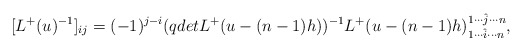
\begin{align*}[L^{+}(u)^{-1}]_{ij}=(-1)^{j-i}(qdetL^{+}(u-(n-1)h))^{-1}L^{+}(u-(n-1)h)_{1\cdots\hat{i}\cdots n}^{1\cdots \hat{j}\cdots n},\end{align*}